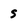
Character: s